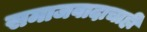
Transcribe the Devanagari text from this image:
समाजवादाचाही